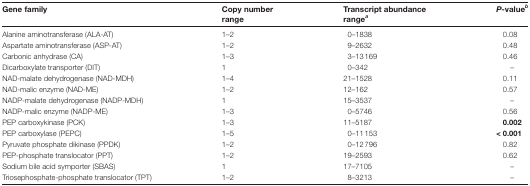
<table><thead><tr><td><b>Gene family</b></td><td><b>Copy numberrange</b></td><td><b>Transcript abundancerange<sup><i>a</i></sup></b></td><td><b><i>P</i>-value<sup><i>b</i></sup></b></td></tr></thead><tbody><tr><td>Alanine aminotransferase (ALA-AT)</td><td>1–2</td><td>0–1838</td><td>0.08</td></tr><tr><td>Aspartate aminotransferase (ASP-AT)</td><td>1–2</td><td>9–2632</td><td>0.48</td></tr><tr><td>Carbonic anhydrase (CA)</td><td>1–3</td><td>3–13169</td><td>0.46</td></tr><tr><td>Dicarboxylate transporter (DIT)</td><td>1</td><td>0–342</td><td>–</td></tr><tr><td>NAD-malate dehydrogenase (NAD-MDH)</td><td>1–4</td><td>21–1528</td><td>0.11</td></tr><tr><td>NAD-malic enzyme (NAD-ME)</td><td>1–2</td><td>12–162</td><td>0.57</td></tr><tr><td>NADP-malate dehydrogenase (NADP-MDH)</td><td>1</td><td>15–3537</td><td>–</td></tr><tr><td>NADP-malic enzyme (NADP-ME)</td><td>1–3</td><td>0–5746</td><td>0.56</td></tr><tr><td>PEP carboxykinase (PCK)</td><td>1–3</td><td>11–5187</td><td><b>0.002</b></td></tr><tr><td>PEP carboxylase (PEPC)</td><td>1–5</td><td>0–11153</td><td><b>&lt; 0.001</b></td></tr><tr><td>Pyruvate phosphate dikinase (PPDK)</td><td>1–2</td><td>0–12796</td><td>0.82</td></tr><tr><td>PEP-phosphate translocator (PPT)</td><td>1–2</td><td>19–2593</td><td>0.62</td></tr><tr><td>Sodium bile acid symporter (SBAS)</td><td>1</td><td>17–7105</td><td>–</td></tr><tr><td>Triosephosphate-phosphate translocator (TPT)</td><td>1–2</td><td>8–3213</td><td>–</td></tr></tbody></table>